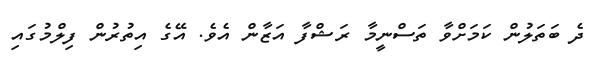
ދެ ބަތަލުން ކަމަށްވާ ތަސްނީމާ ރަޝްފާ އަޒާން އެވެ. އޭގެ އިތުރުން ފިލްމުގައި